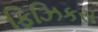
ફિઝિકસ